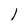
Character: l